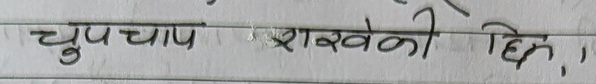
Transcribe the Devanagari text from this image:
चुपचाप राखेकै छिन्,